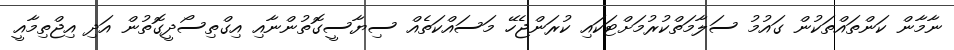
ނާމާން ކަންތައްތަކުން ގައުމު ސަލާމަތްކުރުމަށްޓަކައި ކުރަންޖެހޭ މަސައްކަތެއް ސިޔާސީގޮތުންނާއި އިގްތިސޯދީގޮތުން އަދި އިޖްތިމާއީ